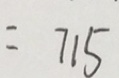
= 7 1 5